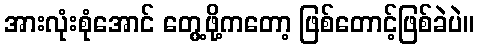
အားလုံးစုံအောင် တွေ့ဖို့ကတော့ ဖြစ်တောင့်ဖြစ်ခဲပဲ။